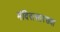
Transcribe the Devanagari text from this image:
मंदिरासारख्या